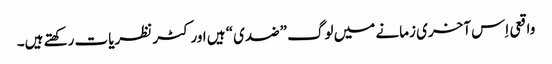
‏ واقعی اِس آخری زمانے میں لوگ ”‏ضدی“‏ ہیں اور کٹر نظریات رکھتے ہیں۔